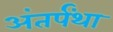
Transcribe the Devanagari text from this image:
अंतर्पंथा